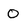
Character: 0